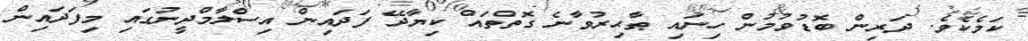
ކަމެކެވެ. ދަރިން ބޮޑުވުމުން ހިނައި ޠާޙިރުވާނެ ގޮތްތައް ކިޔާދޭ ފަދައިން އިސްލާމްދީނުގައި މިފަދައިން